Report of the Imperial Institute of Veterinary Research, Muktesar
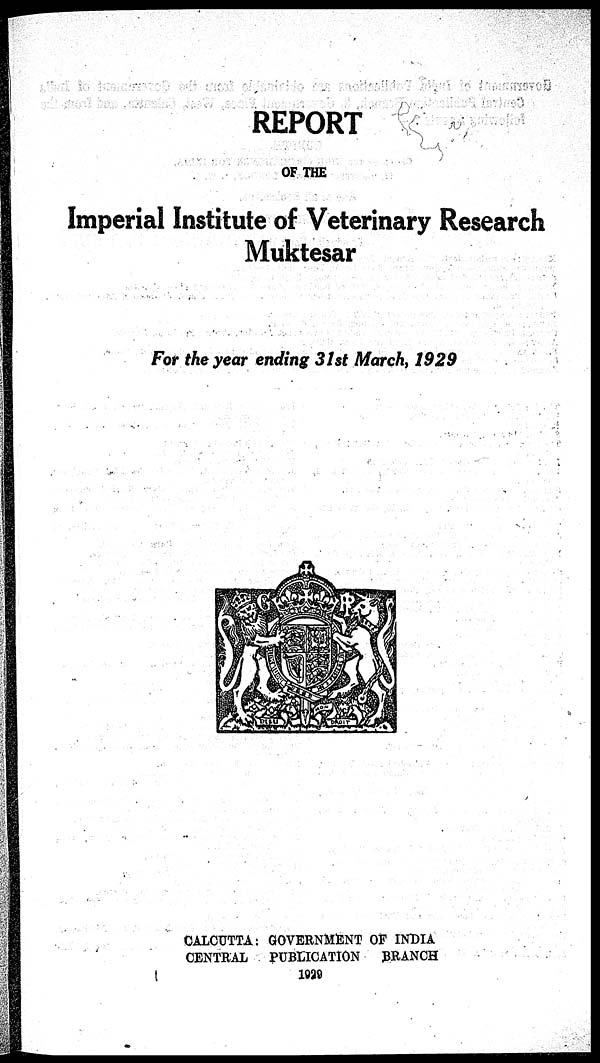
REPORT
OF THE
Imperial Institute of Veterinary Research
Muktesar
For the year ending 31st March, 1929
CALCUTTA : GOVERNMENT OF INDIA
CENTRAL
PUBLICATION
BRANCH
1929